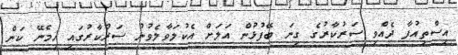
އިސްތިއުފާ ދެއްވި ސަރުކާރުގެ ގިނަ ބޭފުޅުން އަލަށް އެކުލަވާލެވުނު ސަރުކާރުގައި ހިމެނޭ ކަން